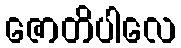
ဇောတိပါလေ